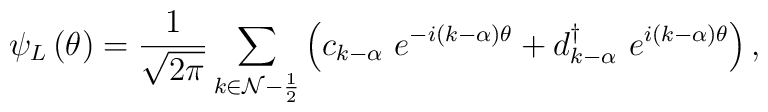
\psi _L\left( \theta \right) =\frac 1{\sqrt{2\pi }}\sum\limits_{k\in {\cal N-}\frac 12}\left( c_{k-\alpha} \ e^{-i(k-\alpha)\theta }+d_{k-\alpha}^{\dagger } \ e^{i(k-\alpha)\theta }\right),